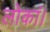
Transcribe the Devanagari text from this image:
लोकां।